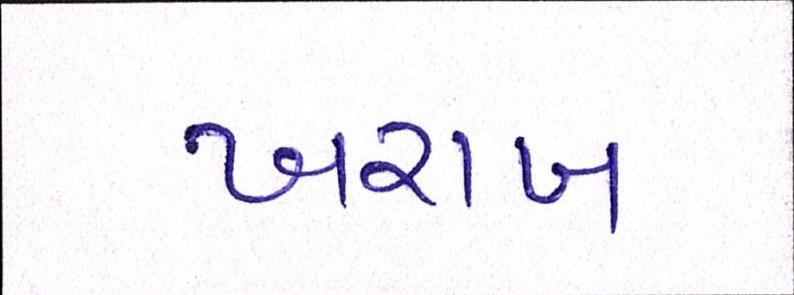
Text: ખરાબ